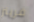
فريتز